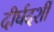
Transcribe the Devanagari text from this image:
दीर्घदर्शी